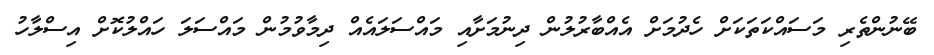
ބޭނުންތެރި މަސައްކަތަކަށް ހެދުމަށް އެއްބާރުލުން ދިނުމަށާއި މައްސަލައެއް ދިމާވުމުން މައްސަލަ ހައްލުކޮށް އިސްލާހު